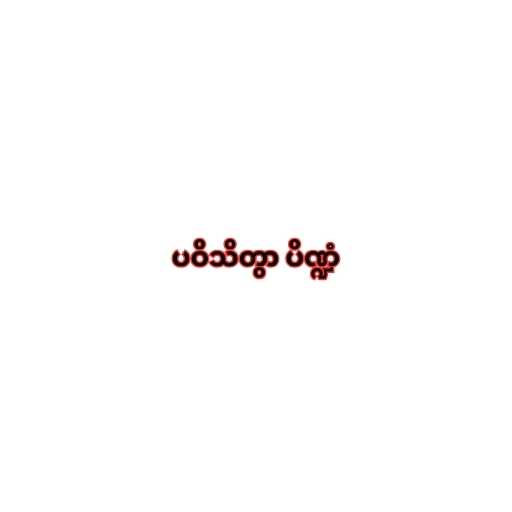
ပဝိသိတွာ ပိဏ္ဍံ